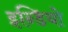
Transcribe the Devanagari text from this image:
इन्डियो